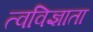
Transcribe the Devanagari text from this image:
त्वविज्ञाता